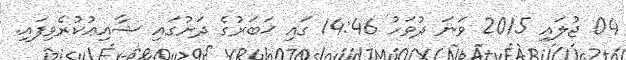
04 ޖުލައި 2015 ވަނަ ދުވަހު 14:46 ގައި ޚަބަރުގެ ދަށުގައި ޝާއިޢުކުރެވިފައި.